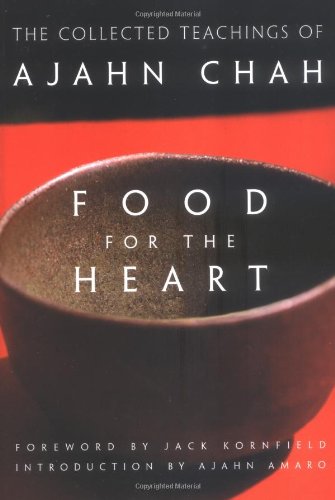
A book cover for Food for the Heart: The Collected Teachings of Ajahn Chah; Ajahn Chah; Christian Books & Bibles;